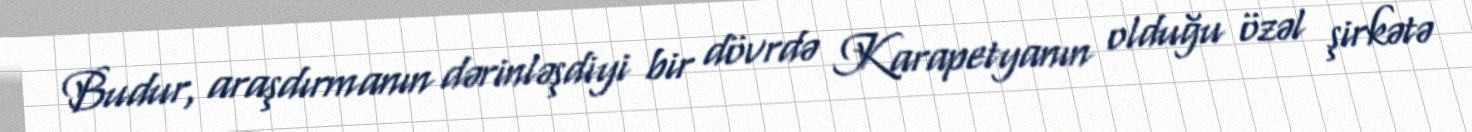
Budur, araşdırmanın dərinləşdiyi bir dövrdə Karapetyanın olduğu özəl şirkətə